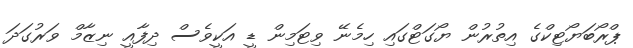
ޕްރޯބަޔޯޓިކްގެ އިތުރުން ޔޯގަޓްގައި ހިމެނޭ ވިޓަމިން ޑީ އަކީވެސް ދިފާއީ ނިޒާމް ވަރުގަދަ